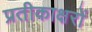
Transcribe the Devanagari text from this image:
प्रतीकाक्षरों